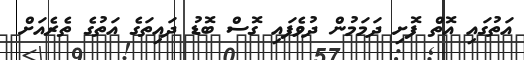
އަތުގައި އޮތް ފޮށި ދަމަމުން ދުވެފައި ގޮސް ބޮޑު ދައިތަގެ އަތުގެ ތެރެއަށް